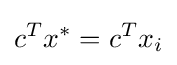
c^{T}x^{\ast }=c^{T}x_{i}